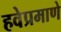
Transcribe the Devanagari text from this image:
हवेप्रमाणे